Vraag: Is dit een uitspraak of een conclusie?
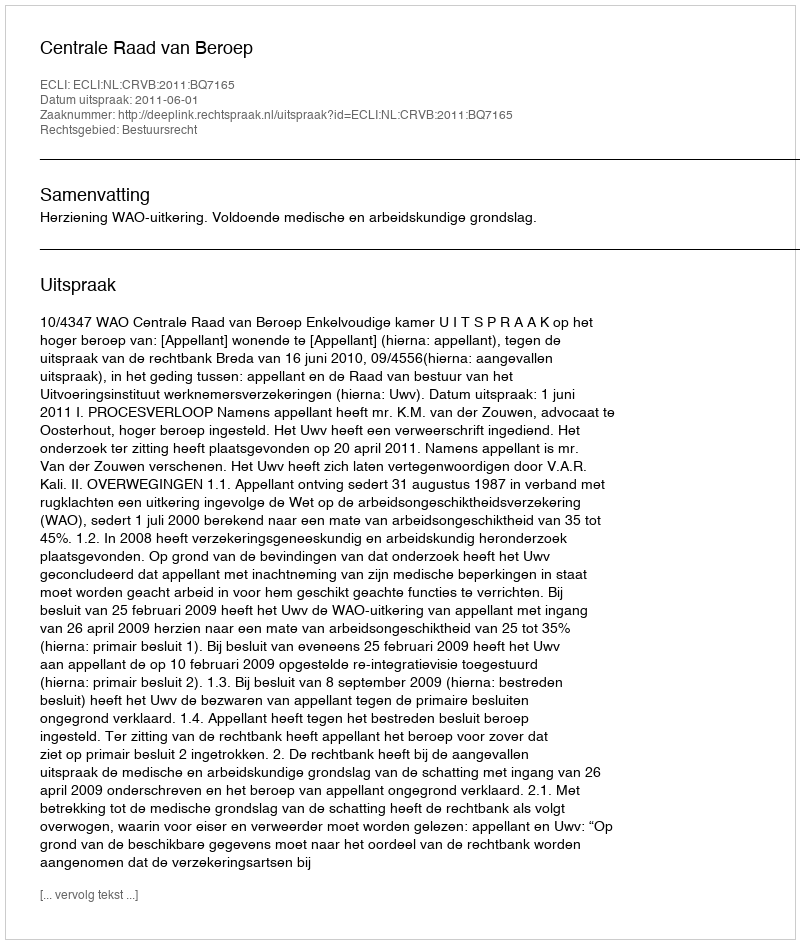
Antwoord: Uitspraak